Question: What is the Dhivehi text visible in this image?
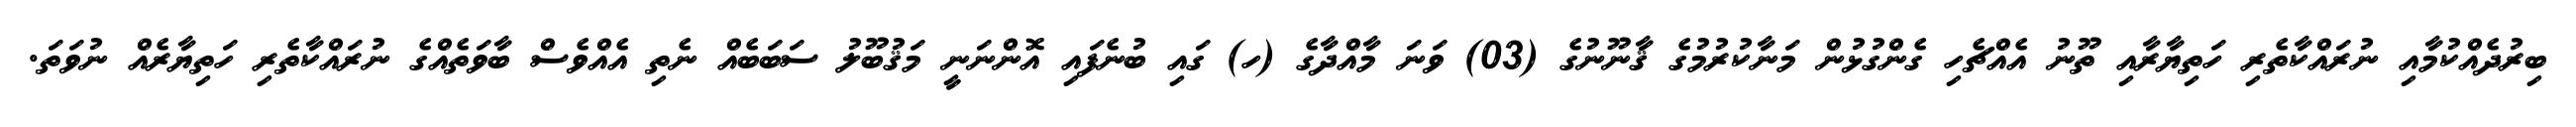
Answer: ބިރުދެއްކުމާއި ނުރައްކާތެރި ހަތިޔާރާއި ތޫނު އެއްޗެހި ގެންގުޅުން މަނާކުރުމުގެ ޤާނޫނުގެ (03) ވަނަ މާއްދާގެ (ހ) ގައި ބުނެފައި އޮންނަނީ މަޤުބޫލު ސަބަބެއް ނެތި އެއްވެސް ބާވަތެއްގެ ނުރައްކާތެރި ހަތިޔާރެއް ނުވަތަ.